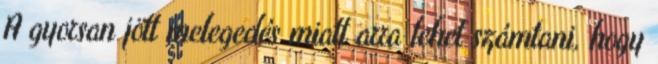
A gyorsan jött melegedés miatt arra lehet számtani, hogy